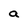
Character: a